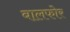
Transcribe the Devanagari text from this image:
बालफोर